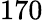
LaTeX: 170